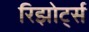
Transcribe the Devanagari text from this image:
रिझोर्ट्स